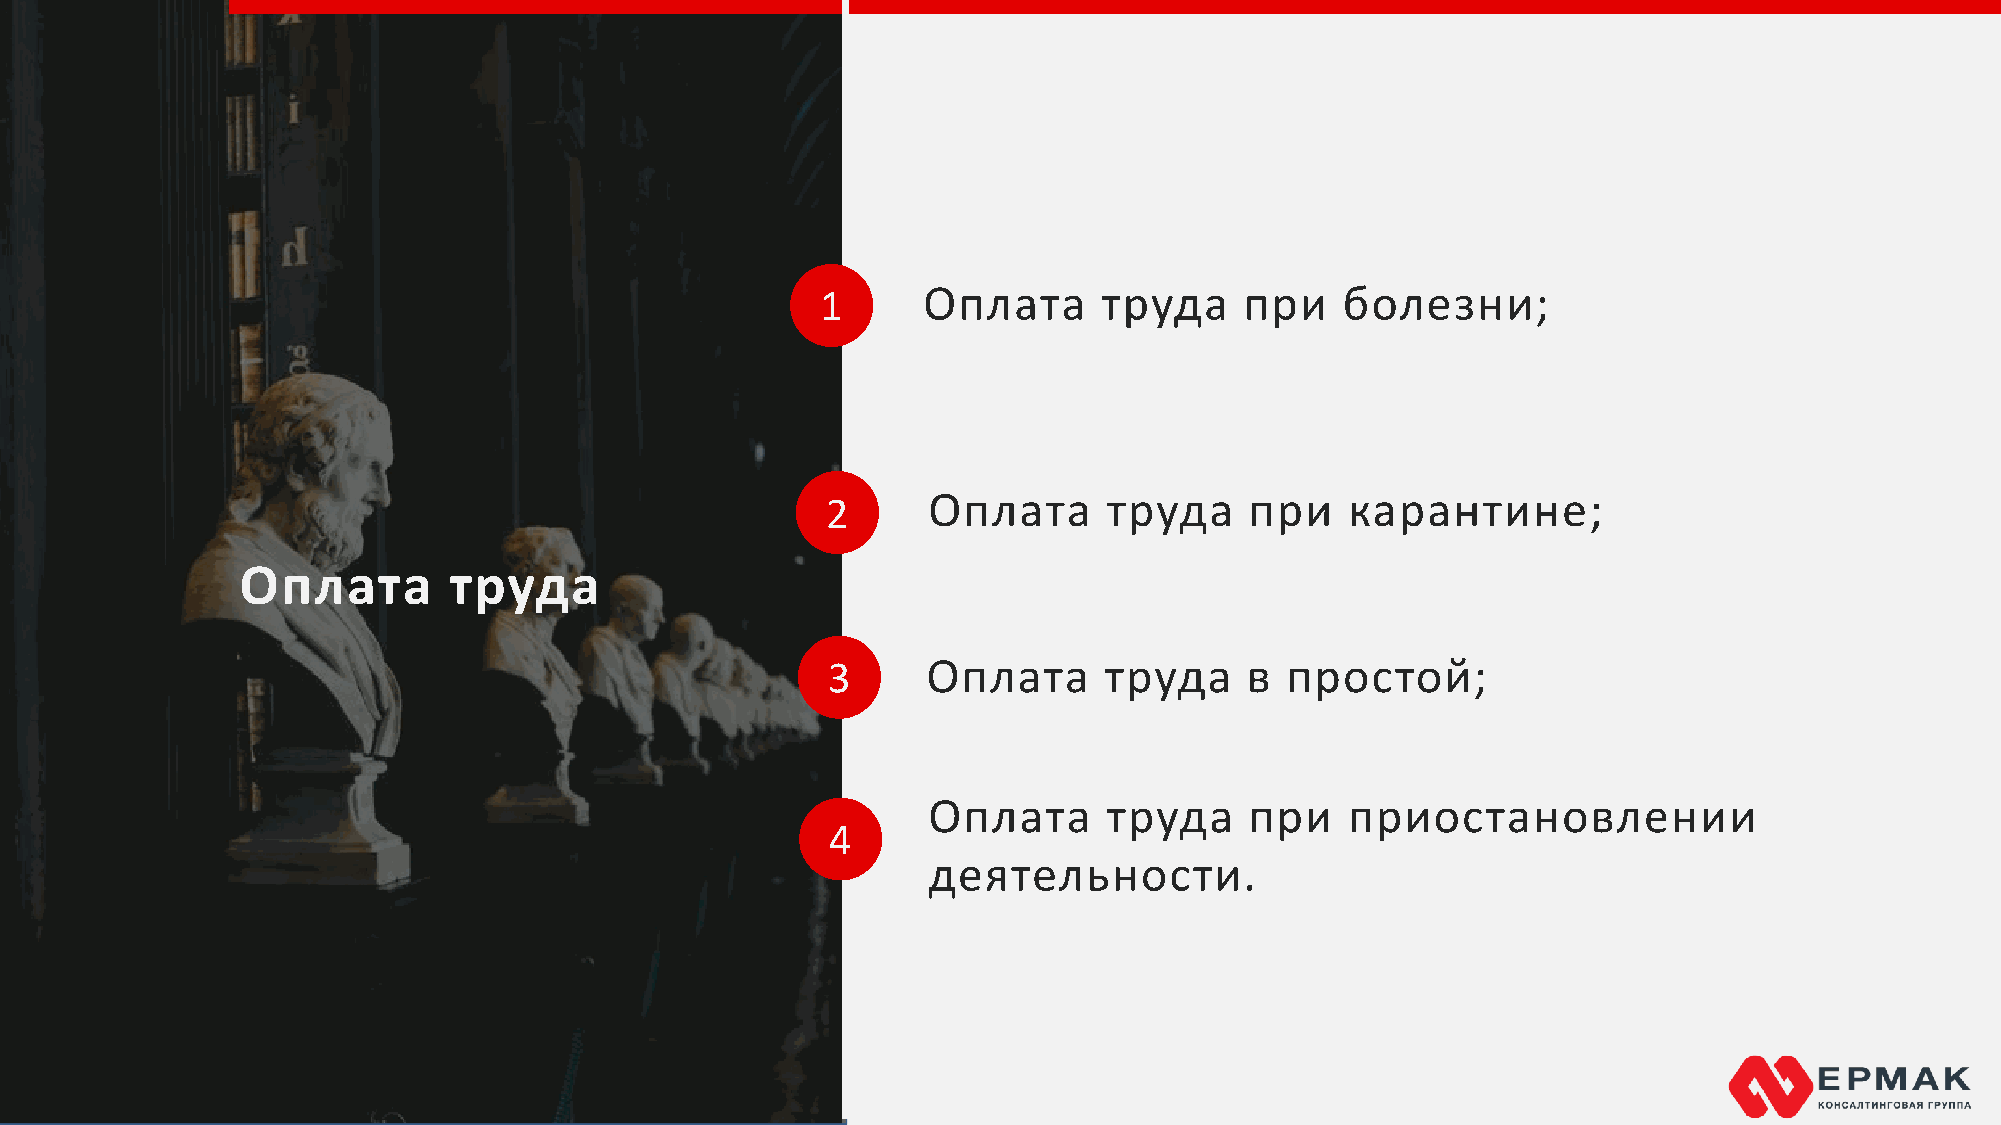
1      Оплата      труда    при    болезни;
 2     Оплата      труда     при   карантине;
 Оплата        труда
 3     Оплата      труда    в  простой;
 Оплата      труда     при   приостановлении
 4
 деятельности.